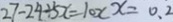
2 7 - 2 4 \div 5 x = 1 0 x x = 0 . 2